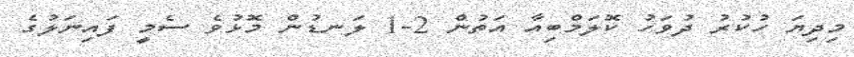
މިދިޔަ ހުކުރު ދުވަހު ކޮލަމްބިއާ އަތުން 2-1 ލަނޑުން މޮޅުވެ ސެމީ ފައިނަލުގެ